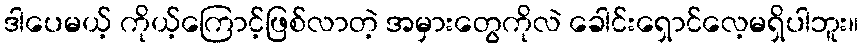
ဒါပေမယ့် ကိုယ့်ကြောင့်ဖြစ်လာတဲ့ အမှားတွေကိုလဲ ခေါင်းရှောင်လေ့မရှိပါဘူး။